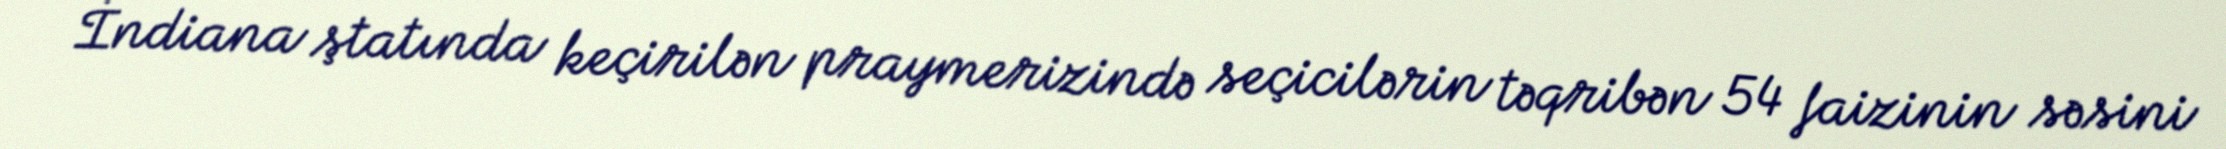
İndiana ştatında keçirilən praymerizində seçicilərin təqribən 54 faizinin səsini